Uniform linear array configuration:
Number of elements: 48
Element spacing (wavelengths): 0.75
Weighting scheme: binomial
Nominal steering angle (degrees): -45
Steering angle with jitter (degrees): -46.911
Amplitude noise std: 0.05
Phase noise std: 0.05

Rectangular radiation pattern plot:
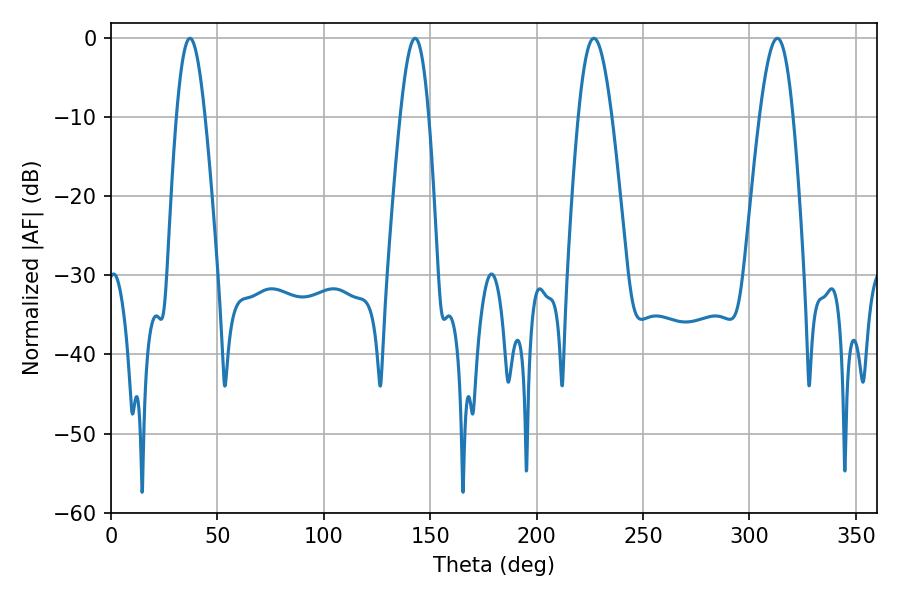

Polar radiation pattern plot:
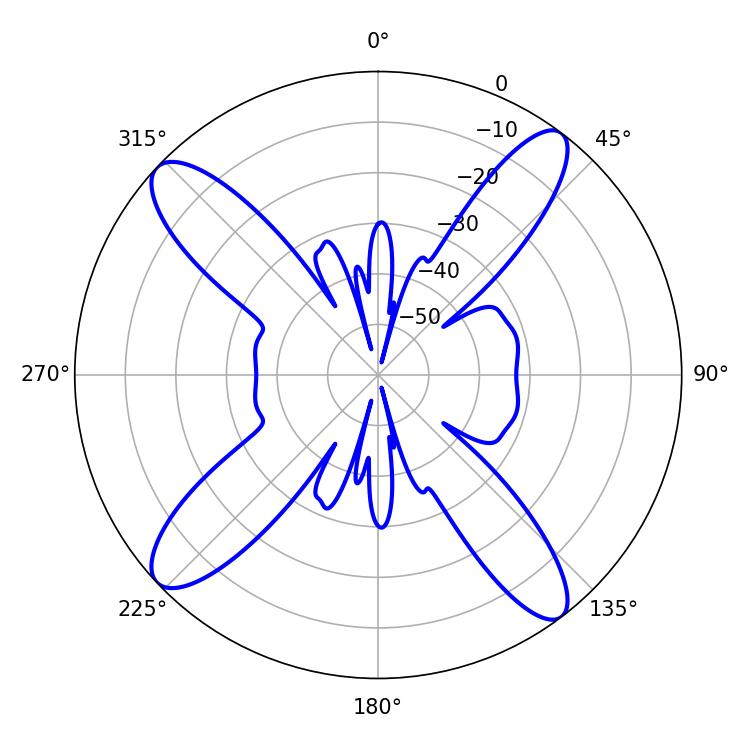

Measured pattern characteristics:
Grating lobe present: TRUE
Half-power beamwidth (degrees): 7.2
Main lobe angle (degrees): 37.08